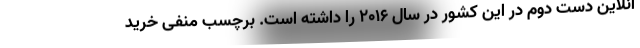
آنلاین دست دوم در این کشور در سال ۲۰۱۶ را داشته است. برچسب منفی خرید